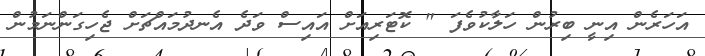
އަހަރެން އިނީ ބިރުން ހަލާކުވެފަ " ކޮޓަރިއަށް އައިސް ވަދެ އެނދުމައްޗަށް ޖެހިގަންނަމުން